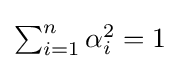
{\textstyle \sum _{i=1}^{n}\alpha _{i}^{2}=1}